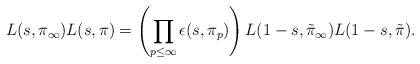
LaTeX: \begin{align*}L(s,\pi_{\infty})L(s,\pi) = \left(\prod_{p\leq \infty} \epsilon(s,\pi_p)\right) L(1-s,\tilde{\pi}_{\infty})L(1-s,\tilde{\pi}). \end{align*}